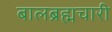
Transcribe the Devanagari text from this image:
बालब्रह्मचारी